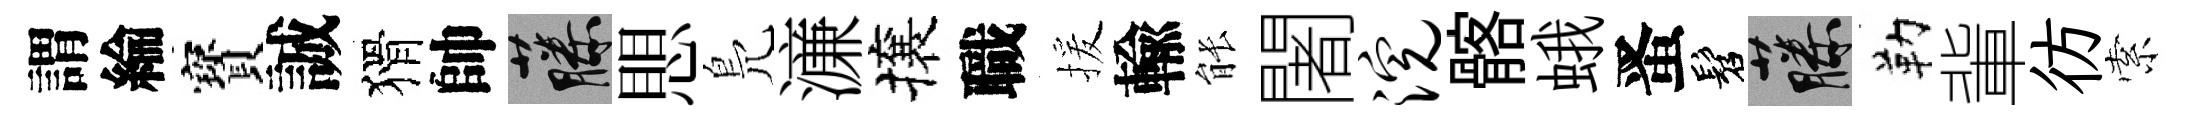
謂綸寳誠猾帥藤愳鳬濓攘職援輸䏻闍浣髂蛾󱉠髫藤勒軰彷索